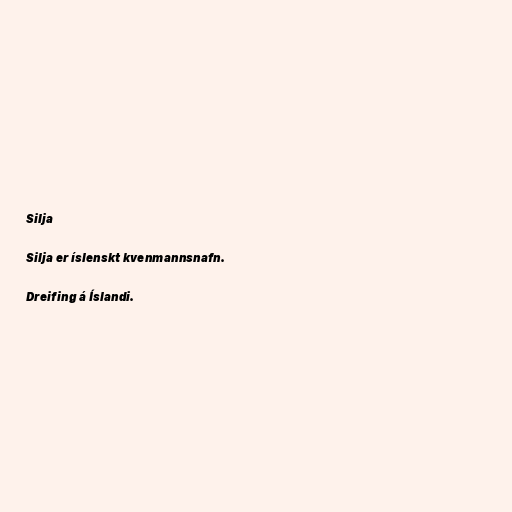
Silja

Silja er íslenskt kvenmannsnafn.

Dreifing á Íslandi.